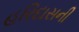
હરિદાસની